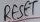
Text: RESET